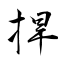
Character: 捍